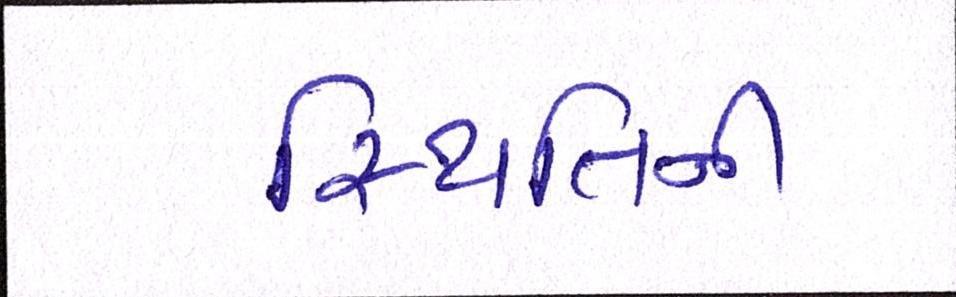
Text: સ્થિતિની